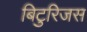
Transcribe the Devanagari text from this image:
बिटुरिजस